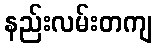
နည်းလမ်းတကျ